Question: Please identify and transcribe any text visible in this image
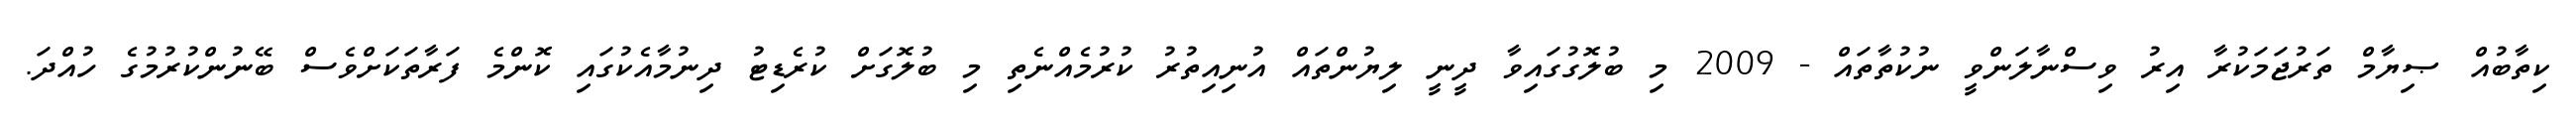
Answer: ކިތާބުއް ޞިޔާމް ތަރުޖަމަކުރާ އިރު ވިސްނާލަންވީ ނުކުތާތައް - 2009 މި ބުލޮގުގައިވާ ދީނީ ލިޔުންތައް އުނިއިތުރު ކުރުމެއްނެތި މި ބުލޮގަށް ކުރެޑިޓު ދިނުމާއެކުގައި ކޮންމެ ފަރާތަކަށްވެސް ބޭނުންކުރުމުގެ ހުއްދަ.